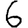
Digit: 6